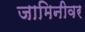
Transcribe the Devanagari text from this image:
जामिनीवर